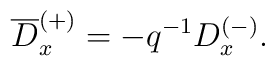
\overline{D}_{x}^{(+)}=-q^{-1}D_{x}^{(-)}.